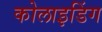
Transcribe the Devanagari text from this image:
कोलाइडिंग